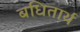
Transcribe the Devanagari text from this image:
बधितार्थ